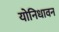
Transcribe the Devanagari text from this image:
योनिधावन